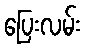
ပြေးလမ်း